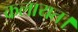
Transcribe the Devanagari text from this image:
कलायत।